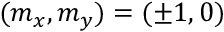
( m _ { x } , m _ { y } ) = ( \pm 1 , 0 )